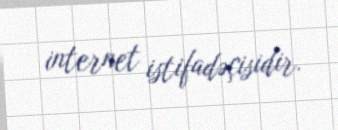
internet istifadəçisidir.